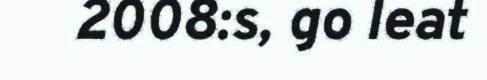
2008:s, go leat